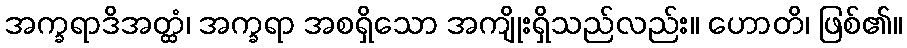
အက္ခရာဒိအတ္ထံ၊ အက္ခရာ အစရှိသော အကျိုးရှိသည်လည်း။ ဟောတိ၊ ဖြစ်၏။